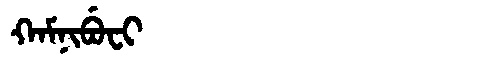
Manchu: ᡴᠠᠮᠨᡳᠪᡠᠸᡳ
Romanization: KAMNIBUFI